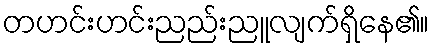
တဟင်းဟင်းညည်းညူလျက်ရှိနေ၏။